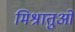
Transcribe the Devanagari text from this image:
मिश्रातुओं